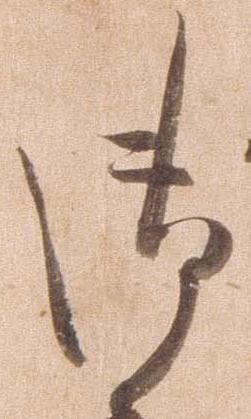
御